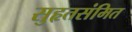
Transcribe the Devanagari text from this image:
सुहृतसंमित